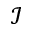
\mathcal { I }